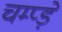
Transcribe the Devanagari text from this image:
चम्प्ड़े